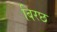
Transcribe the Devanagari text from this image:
बिरछ